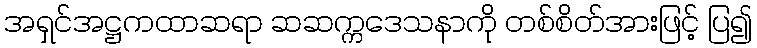
အရှင်အဋ္ဌကထာဆရာ ဆဆက္ကဒေသနာကို တစ်စိတ်အားဖြင့် ပြ၍